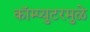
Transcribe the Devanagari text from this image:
कॉम्प्युटरमुळे